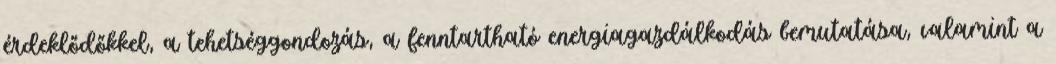
érdeklődőkkel, a tehetséggondozás, a fenntartható energiagazdálkodás bemutatása, valamint a